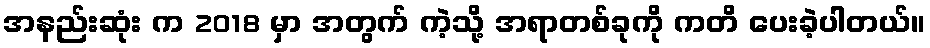
အနည်းဆုံး က 2018 မှာ အတွက် ကဲ့သို့ အရာတစ်ခုကို ကတိ ပေးခဲ့ပါတယ်။